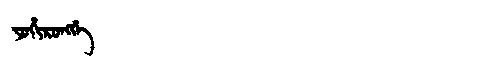
Manchu: ᠶᠣᡥᡳᡵᠣᠩᡤᡝ
Romanization: YOHIRONGGE